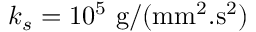
k _ { s } = 1 0 ^ { 5 } ~ \mathrm { g } / ( \mathrm { m m } ^ { 2 } . \mathrm { s } ^ { 2 } )